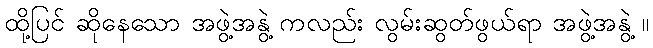
ထို့ပြင် ဆိုနေသော အဖွဲ့အနွဲ့ ကလည်း လွမ်းဆွတ်ဖွယ်ရာ အဖွဲ့အနွဲ့ ။